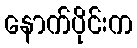
နောက်ပိုင်းက